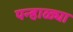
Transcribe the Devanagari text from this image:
पन्हाळ्या